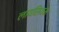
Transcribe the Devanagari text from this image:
लायसियम